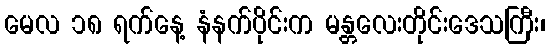
မေလ ၁၈ ရက်နေ့ နံနက်ပိုင်းက မန္တလေးတိုင်းဒေသကြီး၊